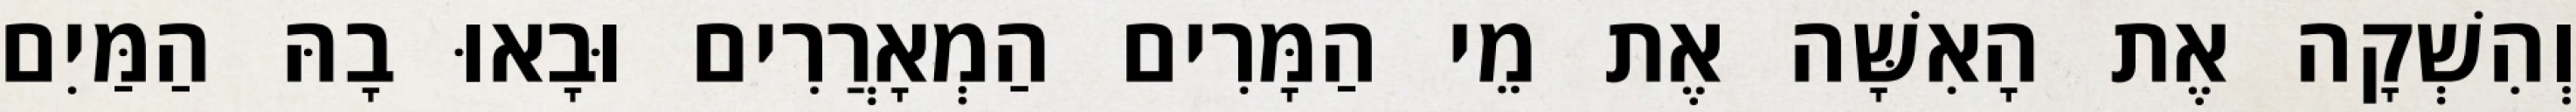
וְהִשְׁקָה אֶת הָאִשָּׁה אֶת מֵי הַמָּרִים הַמְאָרֲרִים וּבָאוּ בָהּ הַמַּיִם